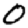
Digit: 0